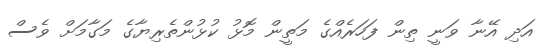
އަދި އޭނާ ވަނީ ތިން ފަހަރެއްގެ މަތީން މޮޅު ކުޅުންތެރިޔާގެ މަގާމަށް ވެސް